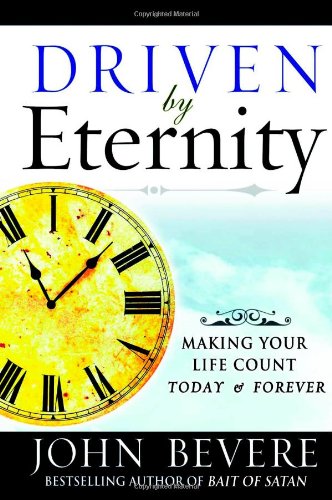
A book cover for Driven by Eternity: Making Your Life Count Today & Forever; John Bevere; Christian Books & Bibles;